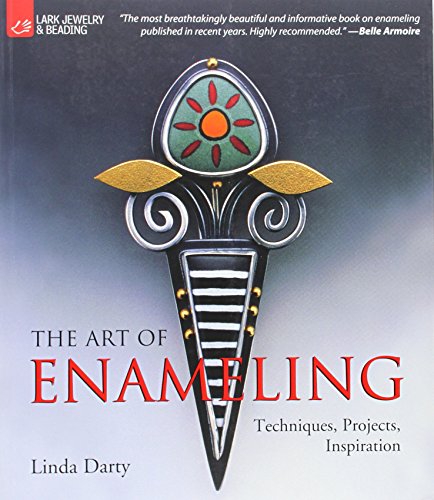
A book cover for The Art of Enameling: Techniques, Projects, Inspiration; Linda Darty; Crafts, Hobbies & Home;